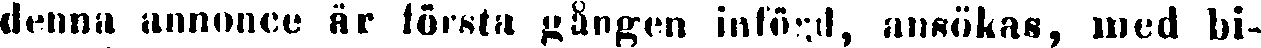
denna annonce är första gången införd, ansökas, med bi-